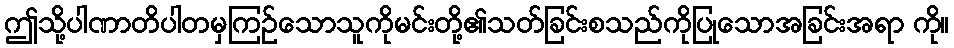
ဤသို့ပါဏာတိပါတမှကြဉ်သောသူကိုမင်းတို့၏သတ်ခြင်းစသည်ကိုပြုသောအခြင်းအရာ ကို။